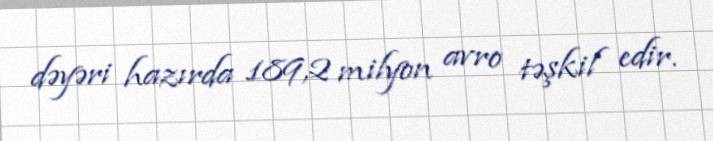
dəyəri hazırda 189,2 milyon avro təşkil edir.